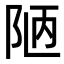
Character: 陋